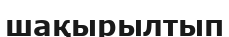
шақырылтып